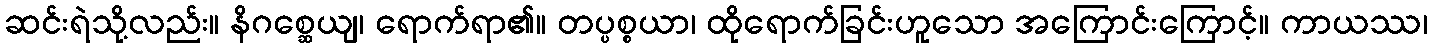
ဆင်းရဲသို့လည်း။ နိဂစ္ဆေယျ၊ ရောက်ရာ၏။ တပ္ပစ္စယာ၊ ထိုရောက်ခြင်းဟူသော အကြောင်းကြောင့်။ ကာယဿ၊